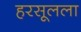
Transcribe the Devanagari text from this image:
हरसूलला